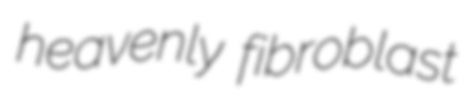
heavenly fibroblast